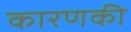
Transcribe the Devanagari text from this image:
कारणकी